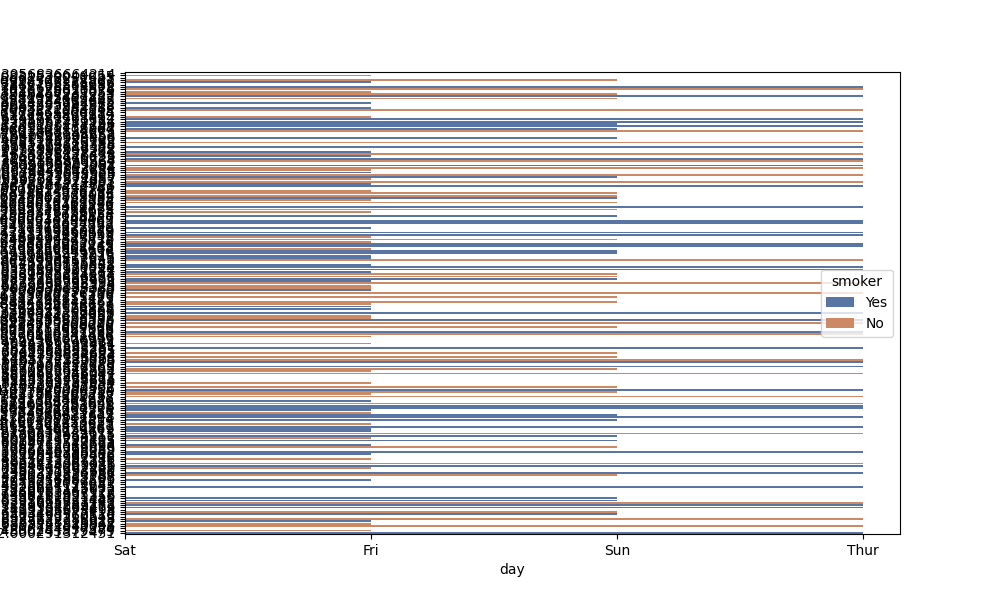
python, seaborn, barplot, hue='smoker', palette='deep', ci=None, orient='h'